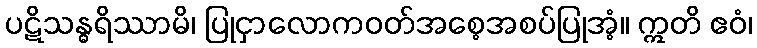
ပဋိသန္ဓရိဿာမိ၊ ပြုငှာလောကဝတ်အစေ့အစပ်ပြုအံ့။ ဣတိ ဧဝံ၊